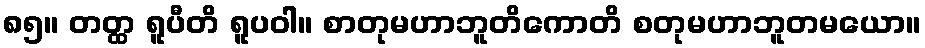
၈၅။ တတ္ထ ရူပီတိ ရူပဝါ။ စာတုမဟာဘူတိကောတိ စတုမဟာဘူတမယော။